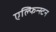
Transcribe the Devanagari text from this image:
एल्फिन्‍स्टन